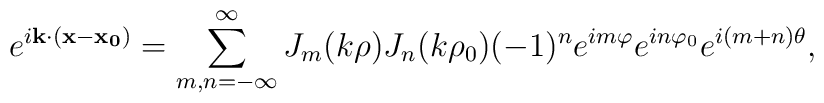
e^{i{\bf k}\cdot ({\bf x}-{\bf x_0})}=\sum_{m , n=-\infty}^{\infty}J_m(k\rho)J_n(k\rho_0)(-1)^n e^{im\varphi}e^{in\varphi_0}e^{i(m+n)\theta},